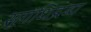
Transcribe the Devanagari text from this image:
सुगंधिद्रव्य